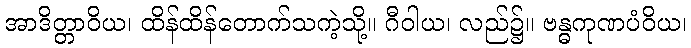
အာဒိတ္တာဝိယ၊ ထိန်ထိန်တောက်သကဲ့သို့။ ဂီဝါယ၊ လည်၌။ ဗန္ဓကုဏပံဝိယ၊